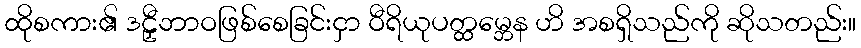
ထိုစကား၏ ဒဠှီဘာဝဖြစ်စေခြင်းငှာ ဝီရိယုပတ္ထမ္ဘေန ဟိ အစရှိသည်ကို ဆိုသတည်း။